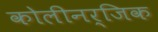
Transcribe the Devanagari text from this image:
कोलीनर्जिक